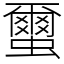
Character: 蠒